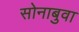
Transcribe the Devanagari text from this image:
सोनाबुवा